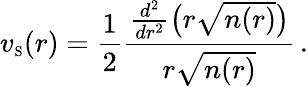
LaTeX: v_{\scriptscriptstyle\mathrm{S}}(r)=\frac{1}{2}\frac{\frac{d^{2}}{dr^{2}}\big(r\sqrt{n(r)}\big)}{r\sqrt{n(r)}}\, .